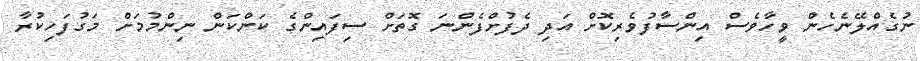
ނުގެއްލޭނެހެން ވީހާވެސް އިންސާފުވެރިކޮށް އަދި ދެފުށްފެންނަ ގޮތަށް ސިފައިންގެ ކަންކަން ނިންމުމަށް މަގުފަހިކުރާ